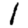
Digit: 1